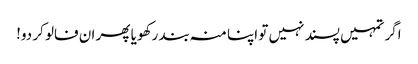
اگر تمہیں پسند نہیں تو اپنا منہ بند رکھو یا پھر ان فالو کر دو!